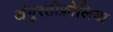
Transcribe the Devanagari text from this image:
अंगुस्तीफ़ोलिया